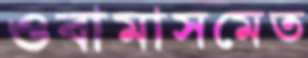
ওবামাসমেত